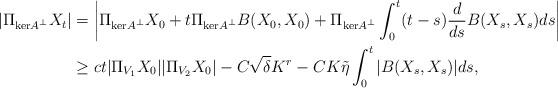
LaTeX: \begin{align*}|\Pi_{\mathrm{ker}A^\perp} X_t| &= \left| \Pi_{\mathrm{ker}A^\perp} X_0 + t \Pi_{\mathrm{ker}A^\perp}B(X_0,X_0)+ \Pi_{\mathrm{ker}A^\perp}\int_0^t (t-s) \frac{d}{ds}B(X_s,X_s)ds\right| \\& \ge c t|\Pi_{V_1}X_0||\Pi_{V_2}X_0| - C\sqrt{\delta} K^{r} - C K \tilde{\eta} \int_0^t |B(X_s,X_s)| ds, \end{align*}